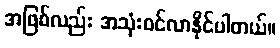
အဖြစ်လည်း အသုံးဝင်လာနိုင်ပါတယ်။